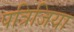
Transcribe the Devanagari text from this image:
पत्रिजिया